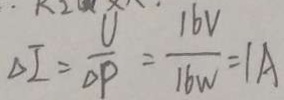
\Delta I = \frac { U } { \Delta P } = \frac { 1 6 V } { 1 6 W } = 1 A